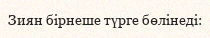
Зиян бірнеше түрге бөлінеді: